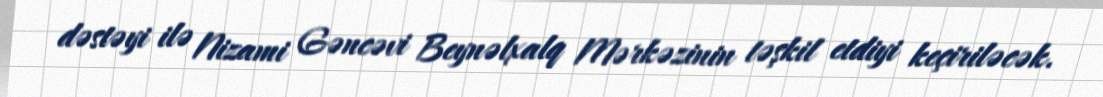
dəstəyi ilə Nizami Gəncəvi Beynəlxalq Mərkəzinin təşkil etdiyi keçiriləcək.